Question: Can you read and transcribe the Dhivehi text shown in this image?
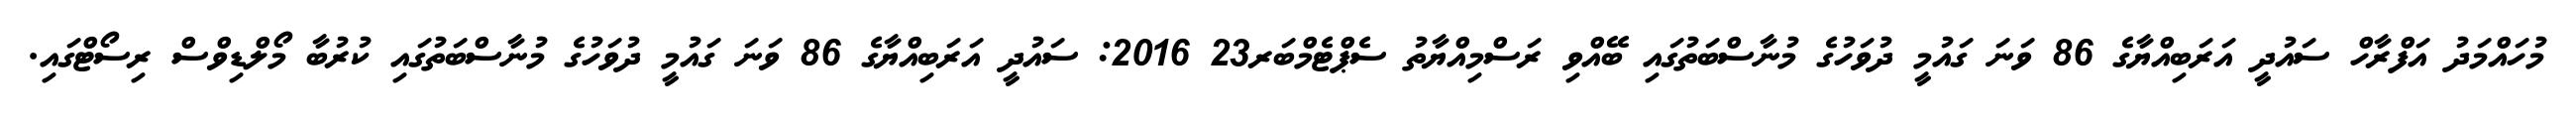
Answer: މުހައްމަދު އަފްރާހް ސައުދީ އަރަބިއްޔާގެ 86 ވަނަ ގައުމީ ދުވަހުގެ މުނާސްބަތުގައި ބޭއްވި ރަސްމިއްޔާތު ސެޕްޓެމްބަރ23 2016: ސައުދީ އަރަބިއްޔާގެ 86 ވަނަ ގައުމީ ދުވަހުގެ މުނާސްބަތުގައި ކުރުބާ މޯލްޑިވްސް ރިސޯޓްގައި.